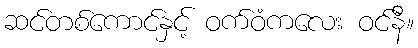
ဆင်တစ်ကောင်နှင့် ဝက်ဝံကလေး ဝင်နီ။